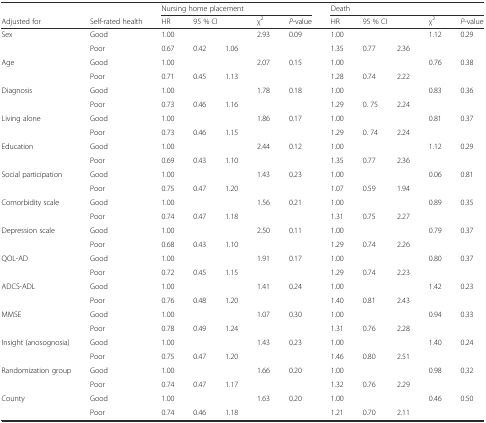
<table><thead><tr><td></td><td></td><td colspan="5"><b>Nursing home placement</b></td><td colspan="5"><b>Death</b></td></tr><tr><td><b>Adjusted for</b></td><td><b>Self-rated health</b></td><td><b>HR</b></td><td colspan="2"><b>95 % CI</b></td><td><b>χ<sup>2</sup></b></td><td><b><i>P</i>-value</b></td><td><b>HR</b></td><td colspan="2"><b>95 % CI</b></td><td><b>χ<sup>2</sup></b></td><td><b><i>P</i>-value</b></td></tr></thead><tbody><tr><td>Sex</td><td>Good</td><td>1.00</td><td></td><td></td><td>2.93</td><td>0.09</td><td>1.00</td><td></td><td></td><td>1.12</td><td>0.29</td></tr><tr><td></td><td>Poor</td><td>0.67</td><td>0.42</td><td>1.06</td><td></td><td></td><td>1.35</td><td>0.77</td><td>2.36</td><td></td><td></td></tr><tr><td>Age</td><td>Good</td><td>1.00</td><td></td><td></td><td>2.07</td><td>0.15</td><td>1.00</td><td></td><td></td><td>0.76</td><td>0.38</td></tr><tr><td></td><td>Poor</td><td>0.71</td><td>0.45</td><td>1.13</td><td></td><td></td><td>1.28</td><td>0.74</td><td>2.22</td><td></td><td></td></tr><tr><td>Diagnosis</td><td>Good</td><td>1.00</td><td></td><td></td><td>1.78</td><td>0.18</td><td>1.00</td><td></td><td></td><td>0.83</td><td>0.36</td></tr><tr><td></td><td>Poor</td><td>0.73</td><td>0.46</td><td>1.16</td><td></td><td></td><td>1.29</td><td>0. 75</td><td>2.24</td><td></td><td></td></tr><tr><td>Living alone</td><td>Good</td><td>1.00</td><td></td><td></td><td>1.86</td><td>0.17</td><td>1.00</td><td></td><td></td><td>0.81</td><td>0.37</td></tr><tr><td></td><td>Poor</td><td>0.73</td><td>0.46</td><td>1.15</td><td></td><td></td><td>1.29</td><td>0. 74</td><td>2.24</td><td></td><td></td></tr><tr><td>Education</td><td>Good</td><td>1.00</td><td></td><td></td><td>2.44</td><td>0.12</td><td>1.00</td><td></td><td></td><td>1.12</td><td>0.29</td></tr><tr><td></td><td>Poor</td><td>0.69</td><td>0.43</td><td>1.10</td><td></td><td></td><td>1.35</td><td>0.77</td><td>2.36</td><td></td><td></td></tr><tr><td>Social participation</td><td>Good</td><td>1.00</td><td></td><td></td><td>1.43</td><td>0.23</td><td>1.00</td><td></td><td></td><td>0.06</td><td>0.81</td></tr><tr><td></td><td>Poor</td><td>0.75</td><td>0.47</td><td>1.20</td><td></td><td></td><td>1.07</td><td>0.59</td><td>1.94</td><td></td><td></td></tr><tr><td>Comorbidity scale</td><td>Good</td><td>1.00</td><td></td><td></td><td>1.56</td><td>0.21</td><td>1.00</td><td></td><td></td><td>0.89</td><td>0.35</td></tr><tr><td></td><td>Poor</td><td>0.74</td><td>0.47</td><td>1.18</td><td></td><td></td><td>1.31</td><td>0.75</td><td>2.27</td><td></td><td></td></tr><tr><td>Depression scale</td><td>Good</td><td>1.00</td><td></td><td></td><td>2.50</td><td>0.11</td><td>1.00</td><td></td><td></td><td>0.79</td><td>0.37</td></tr><tr><td></td><td>Poor</td><td>0.68</td><td>0.43</td><td>1.10</td><td></td><td></td><td>1.29</td><td>0.74</td><td>2.26</td><td></td><td></td></tr><tr><td>QOL-AD</td><td>Good</td><td>1.00</td><td></td><td></td><td>1.91</td><td>0.17</td><td>1.00</td><td></td><td></td><td>0.80</td><td>0.37</td></tr><tr><td></td><td>Poor</td><td>0.72</td><td>0.45</td><td>1.15</td><td></td><td></td><td>1.29</td><td>0.74</td><td>2.23</td><td></td><td></td></tr><tr><td>ADCS-ADL</td><td>Good</td><td>1.00</td><td></td><td></td><td>1.41</td><td>0.24</td><td>1.00</td><td></td><td></td><td>1.42</td><td>0.23</td></tr><tr><td></td><td>Poor</td><td>0.76</td><td>0.48</td><td>1.20</td><td></td><td></td><td>1.40</td><td>0.81</td><td>2.43</td><td></td><td></td></tr><tr><td>MMSE</td><td>Good</td><td>1.00</td><td></td><td></td><td>1.07</td><td>0.30</td><td>1.00</td><td></td><td></td><td>0.94</td><td>0.33</td></tr><tr><td></td><td>Poor</td><td>0.78</td><td>0.49</td><td>1.24</td><td></td><td></td><td>1.31</td><td>0.76</td><td>2.28</td><td></td><td></td></tr><tr><td>Insight (anosognosia)</td><td>Good</td><td>1.00</td><td></td><td></td><td>1.43</td><td>0.23</td><td>1.00</td><td></td><td></td><td>1.40</td><td>0.24</td></tr><tr><td></td><td>Poor</td><td>0.75</td><td>0.47</td><td>1.20</td><td></td><td></td><td>1.46</td><td>0.80</td><td>2.51</td><td></td><td></td></tr><tr><td>Randomization group</td><td>Good</td><td>1.00</td><td></td><td></td><td>1.66</td><td>0.20</td><td>1.00</td><td></td><td></td><td>0.98</td><td>0.32</td></tr><tr><td></td><td>Poor</td><td>0.74</td><td>0.47</td><td>1.17</td><td></td><td></td><td>1.32</td><td>0.76</td><td>2.29</td><td></td><td></td></tr><tr><td>County</td><td>Good</td><td>1.00</td><td></td><td></td><td>1.63</td><td>0.20</td><td>1.00</td><td></td><td></td><td>0.46</td><td>0.50</td></tr><tr><td></td><td>Poor</td><td>0.74</td><td>0.46</td><td>1.18</td><td></td><td></td><td>1.21</td><td>0.70</td><td>2.11</td><td></td><td></td></tr></tbody></table>